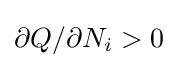
\partial Q/\partial N_{i}>0